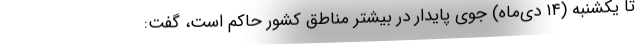
تا یکشنبه (۱۴ دی‌ماه) جوی پایدار در بیشتر مناطق کشور حاکم است، گفت: